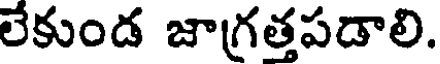
లేకుండ జాగ్రత్తపడాలి.